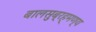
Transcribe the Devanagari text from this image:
बालसुब्रह्मण्य